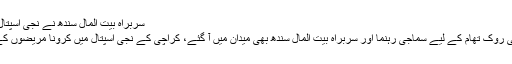
سربراہ بیت المال سندھ نے نجی اسپتال میں آئسولیشن وارڈ قائم کر دیا -
کراچی: جان لیوا کرونا وائرس کی روک تھام کے لیے سماجی رہنما اور سربراہ بیت المال سندھ بھی میدان میں آ گئے، کراچی کے نجی اسپتال میں کرونا مریضوں کے لیے آئسولیشن وارڈ قائم کر دیا۔